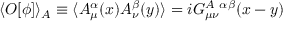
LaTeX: \langle O [ \phi ] \rangle _ { A } \equiv \langle A _ { \mu } ^ { \alpha } ( x ) A _ { \nu } ^ { \beta } ( y ) \rangle = i G _ { \mu \nu } ^ { A \ \alpha \beta } ( x - y )